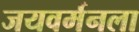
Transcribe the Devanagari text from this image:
जयवर्मनला